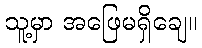
သူ့မှာ အဖြေမရှိချေ။